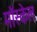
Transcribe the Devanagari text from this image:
मॉस्केल